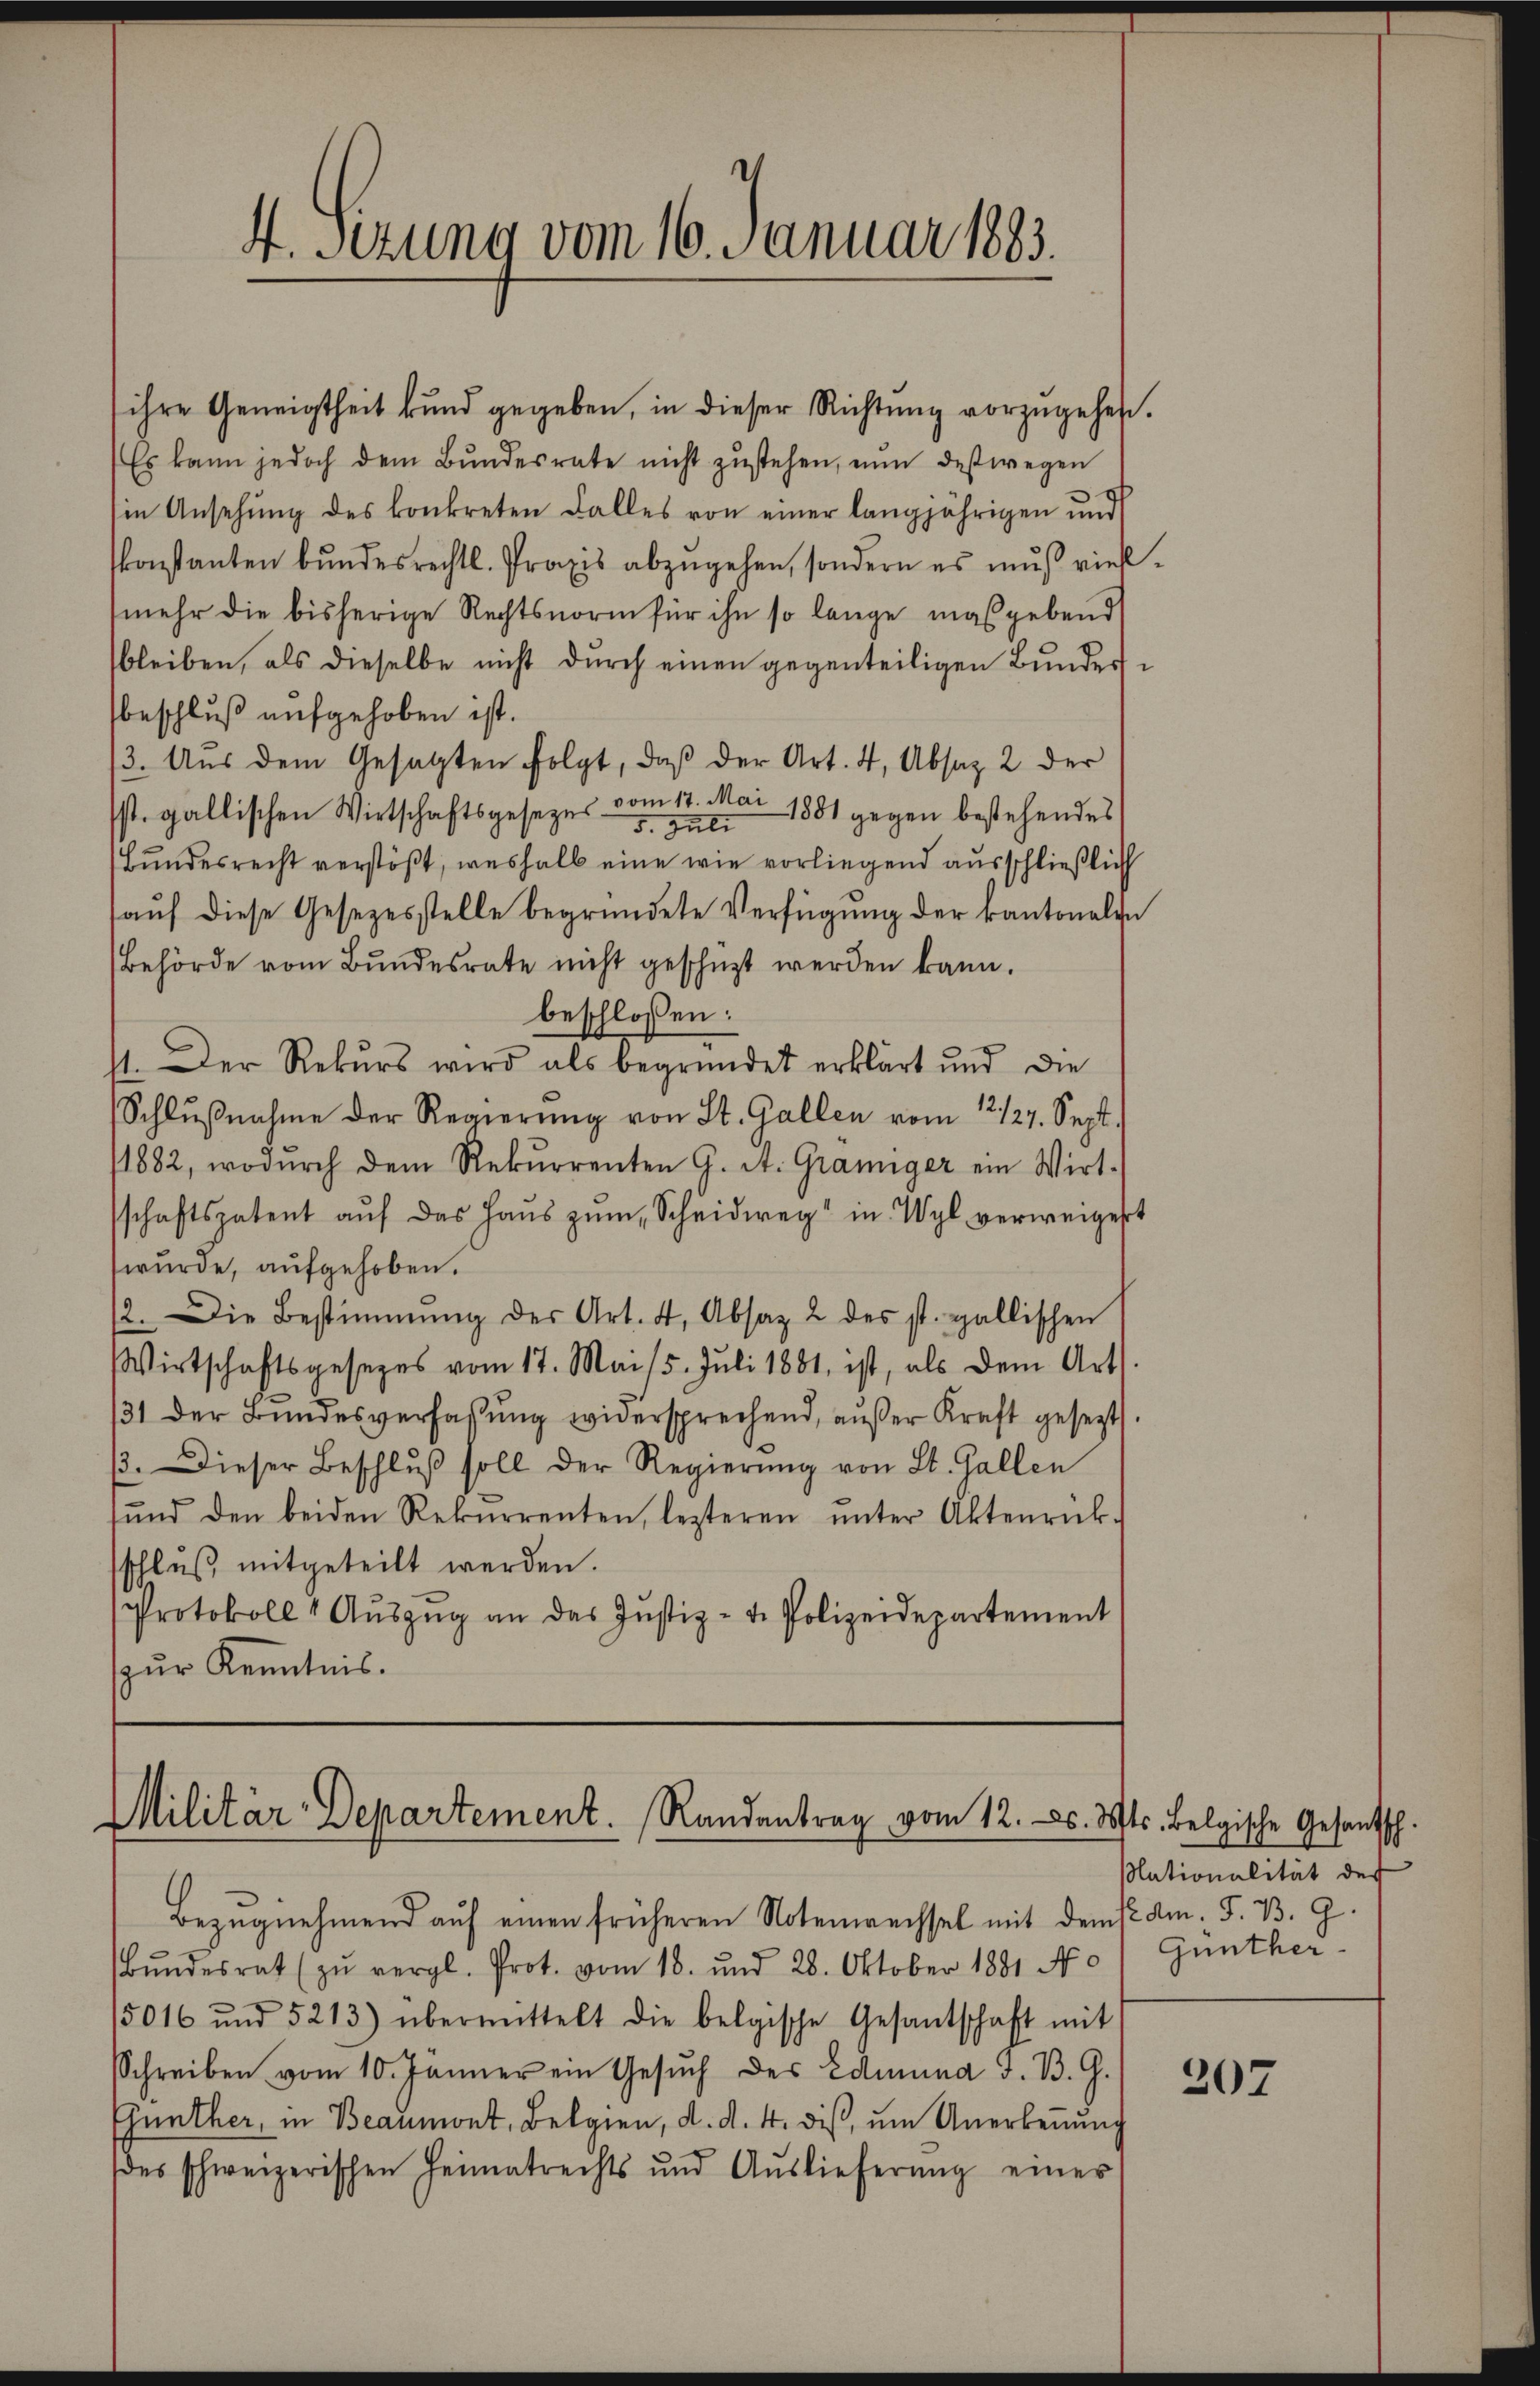
4. Sezung vom 16. Januar 1883.

ihre Geneigtheit kund gegeben, in dieser Richtŭng vorzŭgehen.
Es kann jedoch dem Bŭndesrate nicht zŭstehen, nun deswegen
sin Ansehung des konkreten Falles von einer langjährigen und
konstanten bundesrechtl. Praxis abzugehen, sondern es muß viell
(mehr die bisherige Rechtsnorm für ihn so lange maßgebend
bleiben, als dieselbe nicht dŭrch einen gegenteiligen Bŭndesbeschluß aufgehoben ist.
3. Aus dem Gesetzten folgt, daß der Art. 4, Absaz 2 der
st. gallischen Wirtschaftsgesezes vom 12. Mai 1891 gegen bestehendes
5. Juli
Bundesrecht verstößt, weshalb eine wie vorliegend ausschließlich
auf diese Gesezesstelle begründete Verfügung der kantonalen
Behörde vom Bundesrate nicht geschüzt werden kann.
beschlossen:
11. Der Rekŭrs wird als begründet erklärt und die
Schlŭβnahme der Regierŭng von St. Gallen vom 12/27. Sept.
1882, wodŭrch dem Rekŭrrenten G. A. Gramiger ein Wirt-
schaftspatent aŭf das Haŭs zŭm Scheidweg in Wyl verweigert
wurde, aufgehoben.
12. Die Bestimmung der Art. 4, Absaz 2 des st. gallischen
Wirtschaftsgesezes vom 17. Mai 15. Juli 1881 ist, als dem Art.
131 der Bundesverfaßung widersprechend, außer Kraft gesezt
β. Dieser Beschlŭβ soll der Regierŭng von St. Gallen
ŭnd den beiden Rekurrenten, lezteren ŭnter Aktenrück-
schlŭβ mitgeteilt werden.
Protokoll 1 Aŭszŭg an das Justiz- u. Polizeidepartement
pur Kenntnis.

Militär-Departement. Randantrag vom 12. d. Mts. Belgische Gesantsch.

Bezŭgnehmend auf einen früheren Notenwechsel mit dem K. Am 5. B. G.
Bŭndesrat (zŭ vergl. Prot. vom 18. und 28. Oktober 1881 No
15016 und 5213) übermittelt die belgische Gesantschaft mit
Schreiben vom 10. Jänner ein Gesŭch des Edmund J. B. G.
Günther, in Beaumont, Belgien, d. d. 4. dis, um Anerkennung
des schweizerischen Heimatrechts und Auslieferŭng einer

Nationalität des
Günther

307